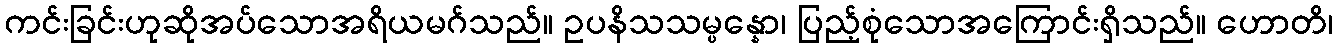
ကင်းခြင်းဟုဆိုအပ်သောအရိယမဂ်သည်။ ဥပနိသသမ္ပန္နော၊ ပြည့်စုံသောအကြောင်းရှိသည်။ ဟောတိ၊